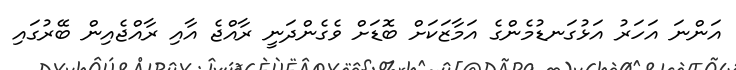
އަންނަ އަހަރު އަޅުގަނޑުމެންގެ އަމާޒަކަށް ބޮޑަށް ވެގެންދަނީ ރާއްޖެ އާއި ރާއްޖެއިން ބޭރުގައި